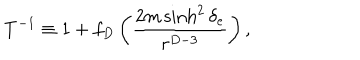
LaTeX: T ^ { - 1 } \equiv 1 + f _ { D } \left( { \frac { 2 m \sinh ^ { 2 } \delta _ { e } } { r ^ { D - 3 } } } \right) ,